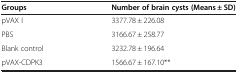
| Groups | Number of brain cysts (Means ± SD) |
 | --- | --- |
 | pVAX I | 3377.78 ± 226.08 |
 | PBS | 3166.67 ± 258.77 |
 | Blank control | 3232.78 ± 196.64 |
 | pVAX-CDPK3 | 1566.67 ± 167.10** |